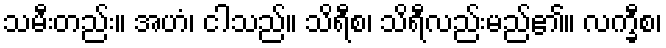
သမီးတည်း။ အဟံ၊ ငါသည်။ သိရီစ၊ သိရီလည်းမည်၏။ လက္ခီစ၊